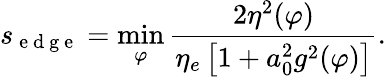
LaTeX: s_{\mathrm{~e~d~g~e~}}=\operatorname*{min}_{\varphi}\frac{2\eta^{2}(\varphi)}{\eta_{e}\left[1+a_{0}^{2}g^{2}(\varphi)\right]}.